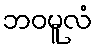
ဘဝမူလံ